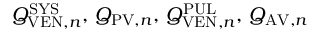
Q _ { \mathrm { V E N } , n } ^ { \mathrm { S Y S } } , \, Q _ { \mathrm { P V } , n } , \, Q _ { \mathrm { V E N } , n } ^ { \mathrm { P U L } } , \, Q _ { \mathrm { A V } , n }